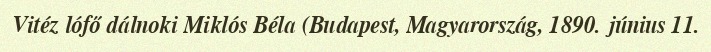
Vitéz lófő dálnoki Miklós Béla (Budapest, Magyarország, 1890. június 11.